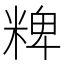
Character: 粺